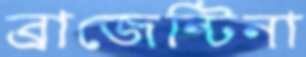
ব্রাজেন্টিনা